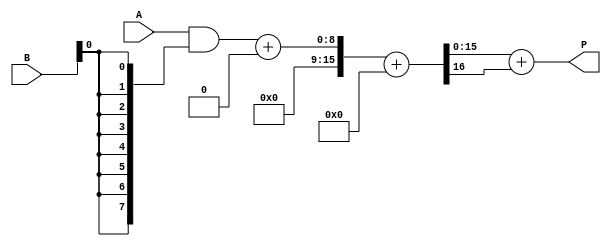
module WallaceTreeMultiplier #(parameter WIDTH = 8) (
    input  wire [WIDTH-1:0] A,  // Multiplicand
    input  wire [WIDTH-1:0] B,  // Multiplier
    output wire [2*WIDTH-1:0] P // Product
);

    // Generate partial products
    wire [WIDTH-1:0] pp[WIDTH-1:0]; // Partial products
    genvar i;
    generate
        for (i = 0; i < WIDTH; i = i + 1) begin : pp_gen
            assign pp[i] = A & {WIDTH{B[i]}};
        end
    endgenerate

    // Wallace Tree Reduction
    wire [WIDTH*2-1:0] sum[WIDTH-1:0]; // Sums at each stage
    wire [WIDTH-1:0] carry[WIDTH-1:0]; // Carries at each stage

    // Stage 1: Grouping and summing the partial products
    generate
        for (i = 0; i < WIDTH; i = i + 1) begin : stage1
            if (i == 0) begin
                assign sum[i] = pp[i];
                assign carry[i] = 0;
            end else begin
                assign {carry[i], sum[i]} = pp[i] + pp[i-1];
            end
        end
    endgenerate

    // Further stages of the Wallace tree
    wire [WIDTH*2-1:0] sum_next[WIDTH-1:0];
    wire [WIDTH-1:0] carry_next[WIDTH-1:0];

    // Stage 2 and beyond
    generate
        for (i = 0; i < WIDTH-1; i = i + 1) begin : reduction
            assign {carry_next[i], sum_next[i]} = sum[i] + carry[i];
        end
    endgenerate

    // Final addition
    wire [2*WIDTH-1:0] final_sum;
    wire [2*WIDTH-1:0] final_carry;

    assign {final_carry, final_sum} = sum_next[0] + carry_next[0];

    // Output the final product
    assign P = final_sum + final_carry;

endmodule